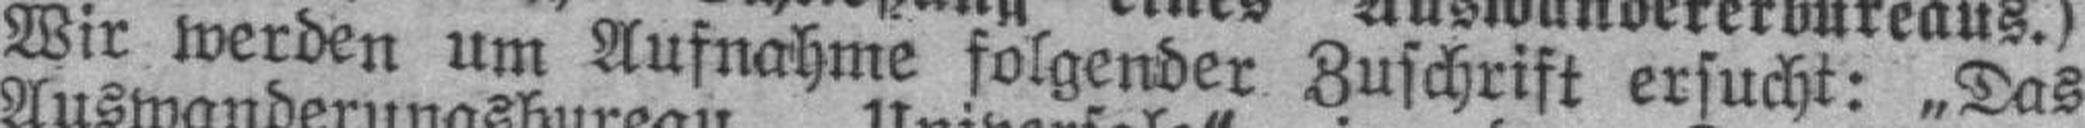
Wir werden um Aufnahme folgender Zuschrift ersucht: „Das